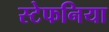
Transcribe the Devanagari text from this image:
स्टेफनिया